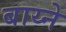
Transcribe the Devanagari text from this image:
बाय्ने